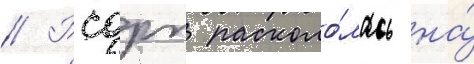
// Рсдрп расколо́лась на́